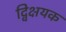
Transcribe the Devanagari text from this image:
द्विक्षयक